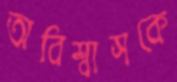
অবিশ্বাসকে